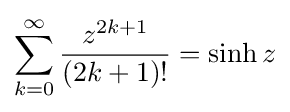
\sum _{k=0}^{\infty }{\frac {z^{2k+1}}{(2k+1)!}}=\sinh z